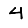
Digit: 4